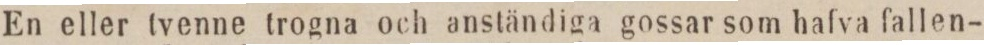
En eller tvenne trogna och anständiga gossar som hafva fallen-